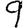
Digit: 9